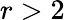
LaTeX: r>2